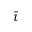
\bar { \iota }